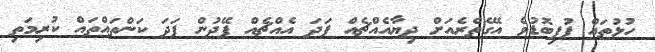
ހުޅުތައް ފުފިބޮޑުވެ އޭގެތެރެއަށް ދިޔާއެއްޗެއް ފަދަ އެއްޗެއް ފޭދުން ފަދަ ކަންތައްތައް ކުރިމަތި